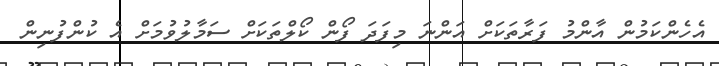
އެހެންކަމުން އާންމު ފަރާތަކަށް އަންނަ މިފަދަ ފޯން ކޯލްތަކަށް ސަމާލުވުމަށް އެ ކުންފުނިން